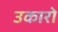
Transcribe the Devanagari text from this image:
उकारो